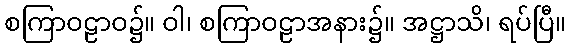
စကြာဝဠာဝ၌။ ဝါ၊ စကြာဝဠာအနား၌။ အဋ္ဌာသိ၊ ရပ်ပြီ။